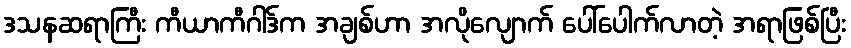
ဒသနဆရာကြီး ကီယာကီဂါဒ်က အချစ်ဟာ အလိုလျောက် ပေါ်ပေါက်လာတဲ့ အရာဖြစ်ပြီး